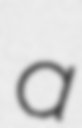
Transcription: a